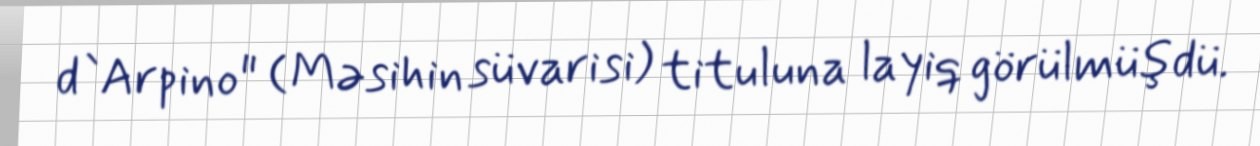
d`Arpino" (Məsihin süvarisi) tituluna layiq görülmüşdü.